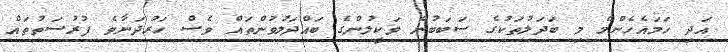
އަދި ހަމައެހެންމެ މި ބަދަލުތަކުގެ ސަބަބުން ވަކީލުންގެ ބައްދަލުވުންތައް ވެސް ހަރުދަނާވެ ފުރުސަތުތައް